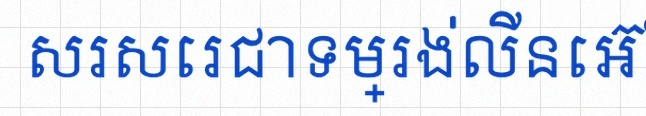
សរសេរជាទម្រង់លីនេអ៊ែរ